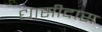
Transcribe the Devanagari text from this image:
धासीदास